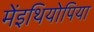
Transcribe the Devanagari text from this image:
मेंइथियोपिया